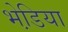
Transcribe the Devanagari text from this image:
भेडि़या